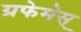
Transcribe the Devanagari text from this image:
ग्रफेमेस्